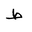
Letter: _da